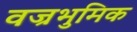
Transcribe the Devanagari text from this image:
वज्रभुमिक